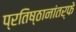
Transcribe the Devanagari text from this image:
प्रतिष्ठानांतर्फे